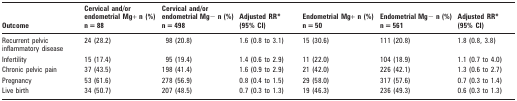
<table><thead><tr><td><b>Outcome</b></td><td><b>Cervical and/or endometrial Mg+ n (%) n = 88</b></td><td><b>Cervical and/or endometrial Mg− n (%) n = 498</b></td><td><b>Adjusted RR* (95% CI)</b></td><td><b>Endometrial Mg+ n (%) n = 50</b></td><td><b>Endometrial Mg− n (%) n = 561</b></td><td><b>Adjusted RR* (95% CI)</b></td></tr></thead><tbody><tr><td>Recurrent pelvic inflammatory disease</td><td>24 (28.2)</td><td>98 (20.8)</td><td>1.6 (0.8 to 3.1)</td><td>15 (30.6)</td><td>111 (20.8)</td><td>1.8 (0.8, 3.8)</td></tr><tr><td>Infertility</td><td>15 (17.4)</td><td>95 (19.4)</td><td>1.4 (0.6 to 2.9)</td><td>11 (22.0)</td><td>104 (18.9)</td><td>1.1 (0.7 to 4.0)</td></tr><tr><td>Chronic pelvic pain</td><td>37 (43.5)</td><td>198 (41.4)</td><td>1.6 (0.9 to 2.9)</td><td>21 (42.0)</td><td>226 (42.1)</td><td>1.3 (0.6 to 2.7)</td></tr><tr><td>Pregnancy</td><td>53 (61.6)</td><td>278 (56.9)</td><td>0.8 (0.4 to 1.5)</td><td>29 (58.0)</td><td>317 (57.6)</td><td>0.7 (0.3 to 1.4)</td></tr><tr><td>Live birth</td><td>34 (50.7)</td><td>207 (48.5)</td><td>0.7 (0.3 to 1.3)</td><td>19 (46.3)</td><td>236 (49.3)</td><td>0.6 (0.3 to 1.3)</td></tr></tbody></table>